Civil Veterinary Dept. Bombay admin report 1893-99 - 1893-1899
Year: 1893
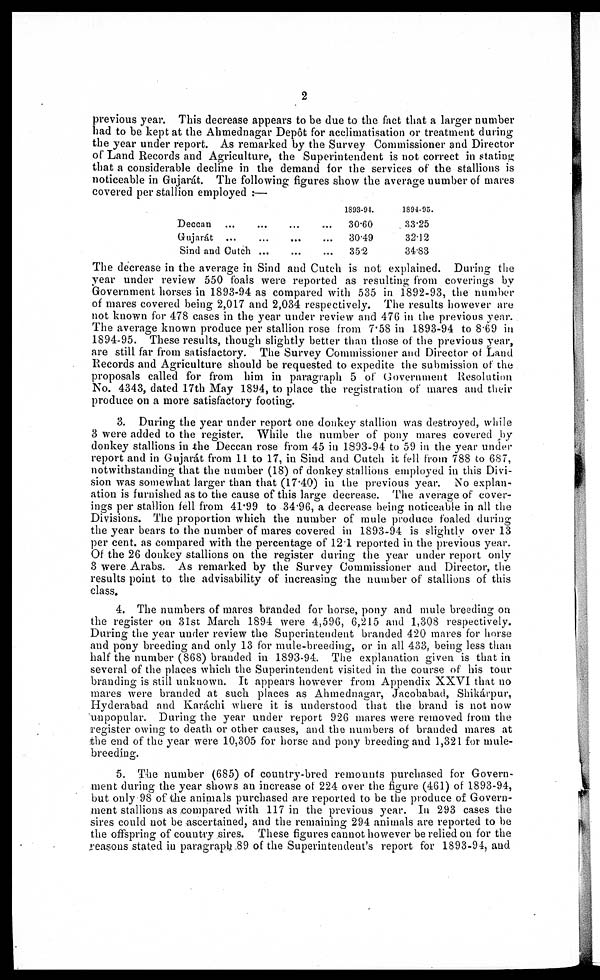
2
previous year. This decrease appears to be due to the fact that a larger number
had to be kept at the Ahmednagar Depôt for acclimatisation or treatment during
the year under report. As remarked by the Survey Commissioner and Director
of Land Records and Agriculture, the Superintendent is not correct in stating
that a considerable decline in the demand for the services of the stallions is
noticeable in Gujarát. The following figures show the average number of mares
covered per stallion employed :—
Deccan … …
Gujarát … …
Sind and Cutch ...
…
...
…
...
1893-94.
… 30.60
...
30.49
...
35.2
1894-95.
33.25
32.12
34.83
The decrease in the average in Sind and Cutch is not explained. During the
year under review 550 foals were reported as resulting from coverings by
Government horses in 1893-94 as compared with 535 in 1892-93, the number
of mares covered being 2,017 and 2,034 respectively. The results however are
not known for 478 cases in the year under review and 476 in the previous year.
The average known produce per stallion rose from 7.58 in 1893-94 to 8.69 in
1894-95. These results, though slightly better than those of the previous year,
are still far from satisfactory. The Survey Commissioner and Director of Land
Records and Agriculture should be requested to expedite the submission of the
proposals called for from him in paragraph 5 of Government Resolution
No. 4343, dated 17th May 1894, to place the registration of mares and their
produce on a more satisfactory footing.
3. During the year under report one donkey stallion was destroyed, while
3 were added to the register. While the number of pony mares covered by-
donkey stallions in the Deccan rose from 45 in 1893-94 to 59 in the year under
report and in Gujarát from 11 to 17, in Sind and Cutch it fell from 788 to 687,
notwithstanding that the number (18) of donkey stallions employed in this Divi-
sion was somewhat larger than that (17.40) in the previous year. No explan-
ation is furnished as to the cause of this large decrease. The average of cover-
ings per stallion fell from 41.99 to 34.96, a decrease being noticeable in all the
Divisions. The proportion which the number of mule produce foaled during
the year bears to the number of mares covered in 1893-94 is slightly over 13
per cent. as compared with the percentage of 12.1 reported in the previous year.
Of the 26 donkey stallions on the register during the year under report only
3 were Arabs. As remarked by the Survey Commissioner and Director, the
results point to the advisability of increasing the number of stallions of this
class.
4. The numbers of mares branded for horse, pony and mule breeding on
the register on 31st March 1894 were 4,596, 6,215 and 1,308 respectively.
During the year under review the Superintendent branded 420 mares for horse
and pony breeding and only 13 for mule-breeding, or in all 433, being less than
half the number (868) branded in 1893-94. The explanation given is that in
several of the places which the Superintendent visited in the course of his tour
branding is still unknown. It appears however from Appendix XXVI that no
mares were branded at such places as Ahmednagar, Jacobabad, Shikárpur,
Hyderabad and Karáchi where it is understood that the brand is not now
unpopular. During the year under report 926 mares were removed from the
register owing to death or other causes, and the numbers of branded mares at
the end of the year were 10,305 for horse and pony breeding and 1,321 for mule-
breeding.
5. The number (685) of country-bred remounts purchased for Govern-
ment during the year shows an increase of 224 over the figure (461) of 1893-94,
but only 98 of the animals purchased are reported to be the produce of Govern-
ment stallions as compared with 117 in the previous year. In 293 cases the
sires could not be ascertained, and the remaining 294 animals are reported to be
the offspring of country sires. These figures cannot however be relied on for the
reasons stated in paragraph 89 of the Superintendent's report for 1893-94, and